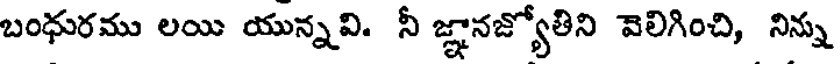
బంధురము లయి యున్నవి. నీ జ్ఞానజ్యోతిని వెలిగించి, నిన్ను